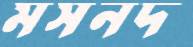
মসনদ